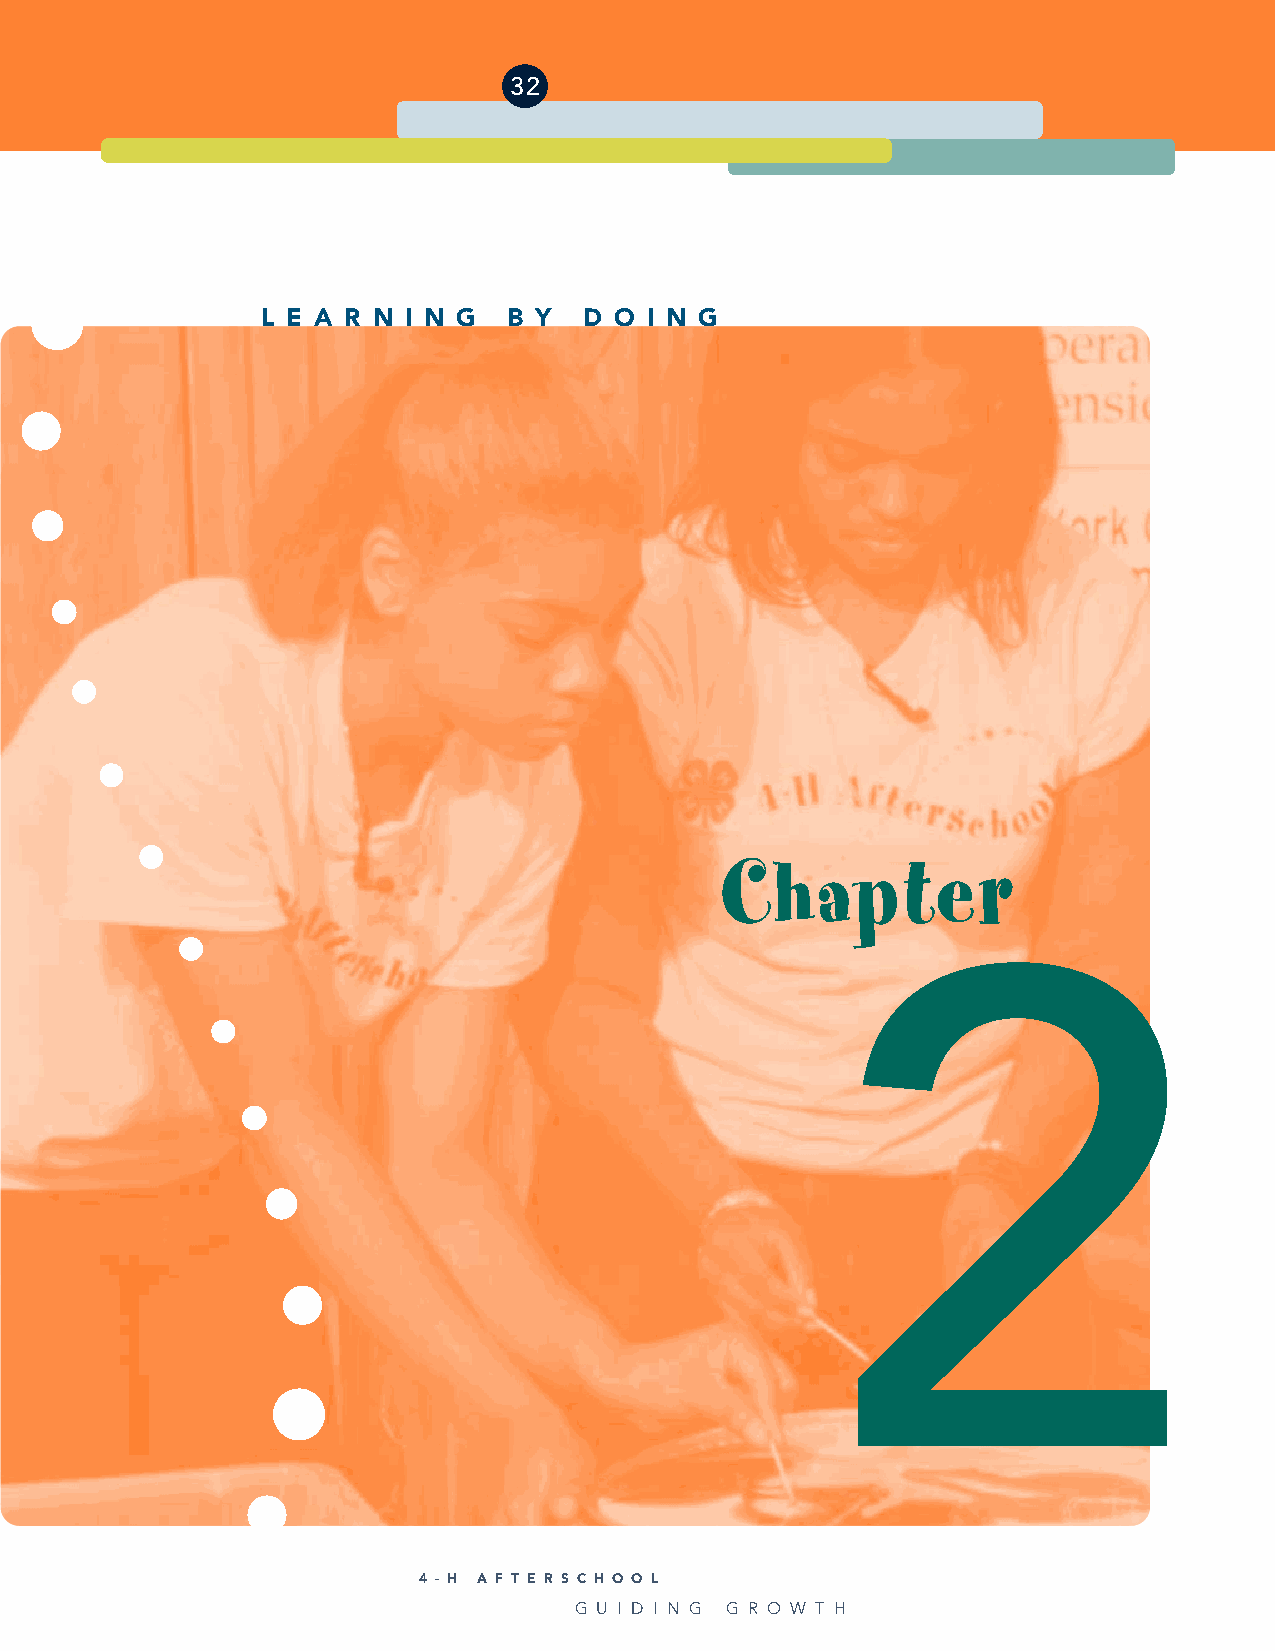
32
 L E A R N I N G  B Y  D O I N G
 Chapter
 2
 4 - H A F T E R S C H O O L
 G U I D I N G G R O W T H